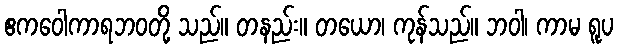
ဧကဝေါကာရဘဝတို့ သည်။ တနည်း။ တယော၊ ကုန်သည်။ ဘဝါ၊ ကာမ ရူပ